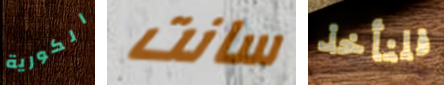
الكورية سانت فلنأخذ